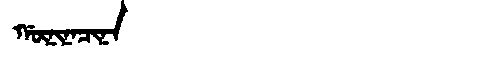
Manchu: ᡤᡡᠨᡳᠨᠠᠴᡳᠨᠠ
Romanization: GŪNINACINA